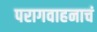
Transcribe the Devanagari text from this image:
परागवाहनाचं